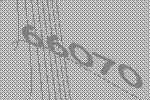
66070